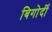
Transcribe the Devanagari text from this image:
बिगोर्दी